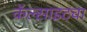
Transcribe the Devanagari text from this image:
कॅल्साइटचा